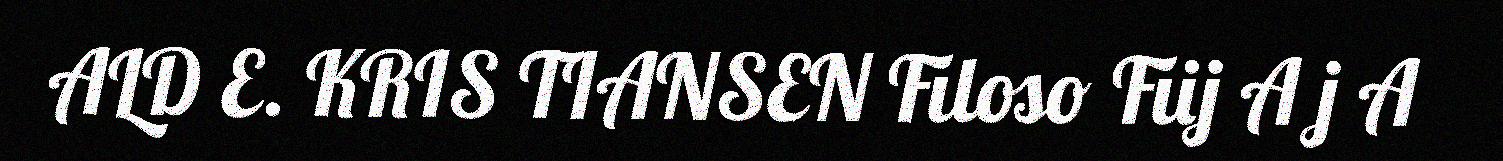
ALD E. KRIS TIANSEN Filoso Fiij A j A